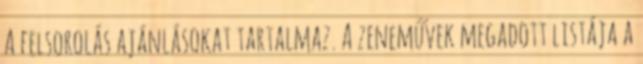
A felsorolás ajánlásokat tartalmaz. A zeneművek megadott listája a